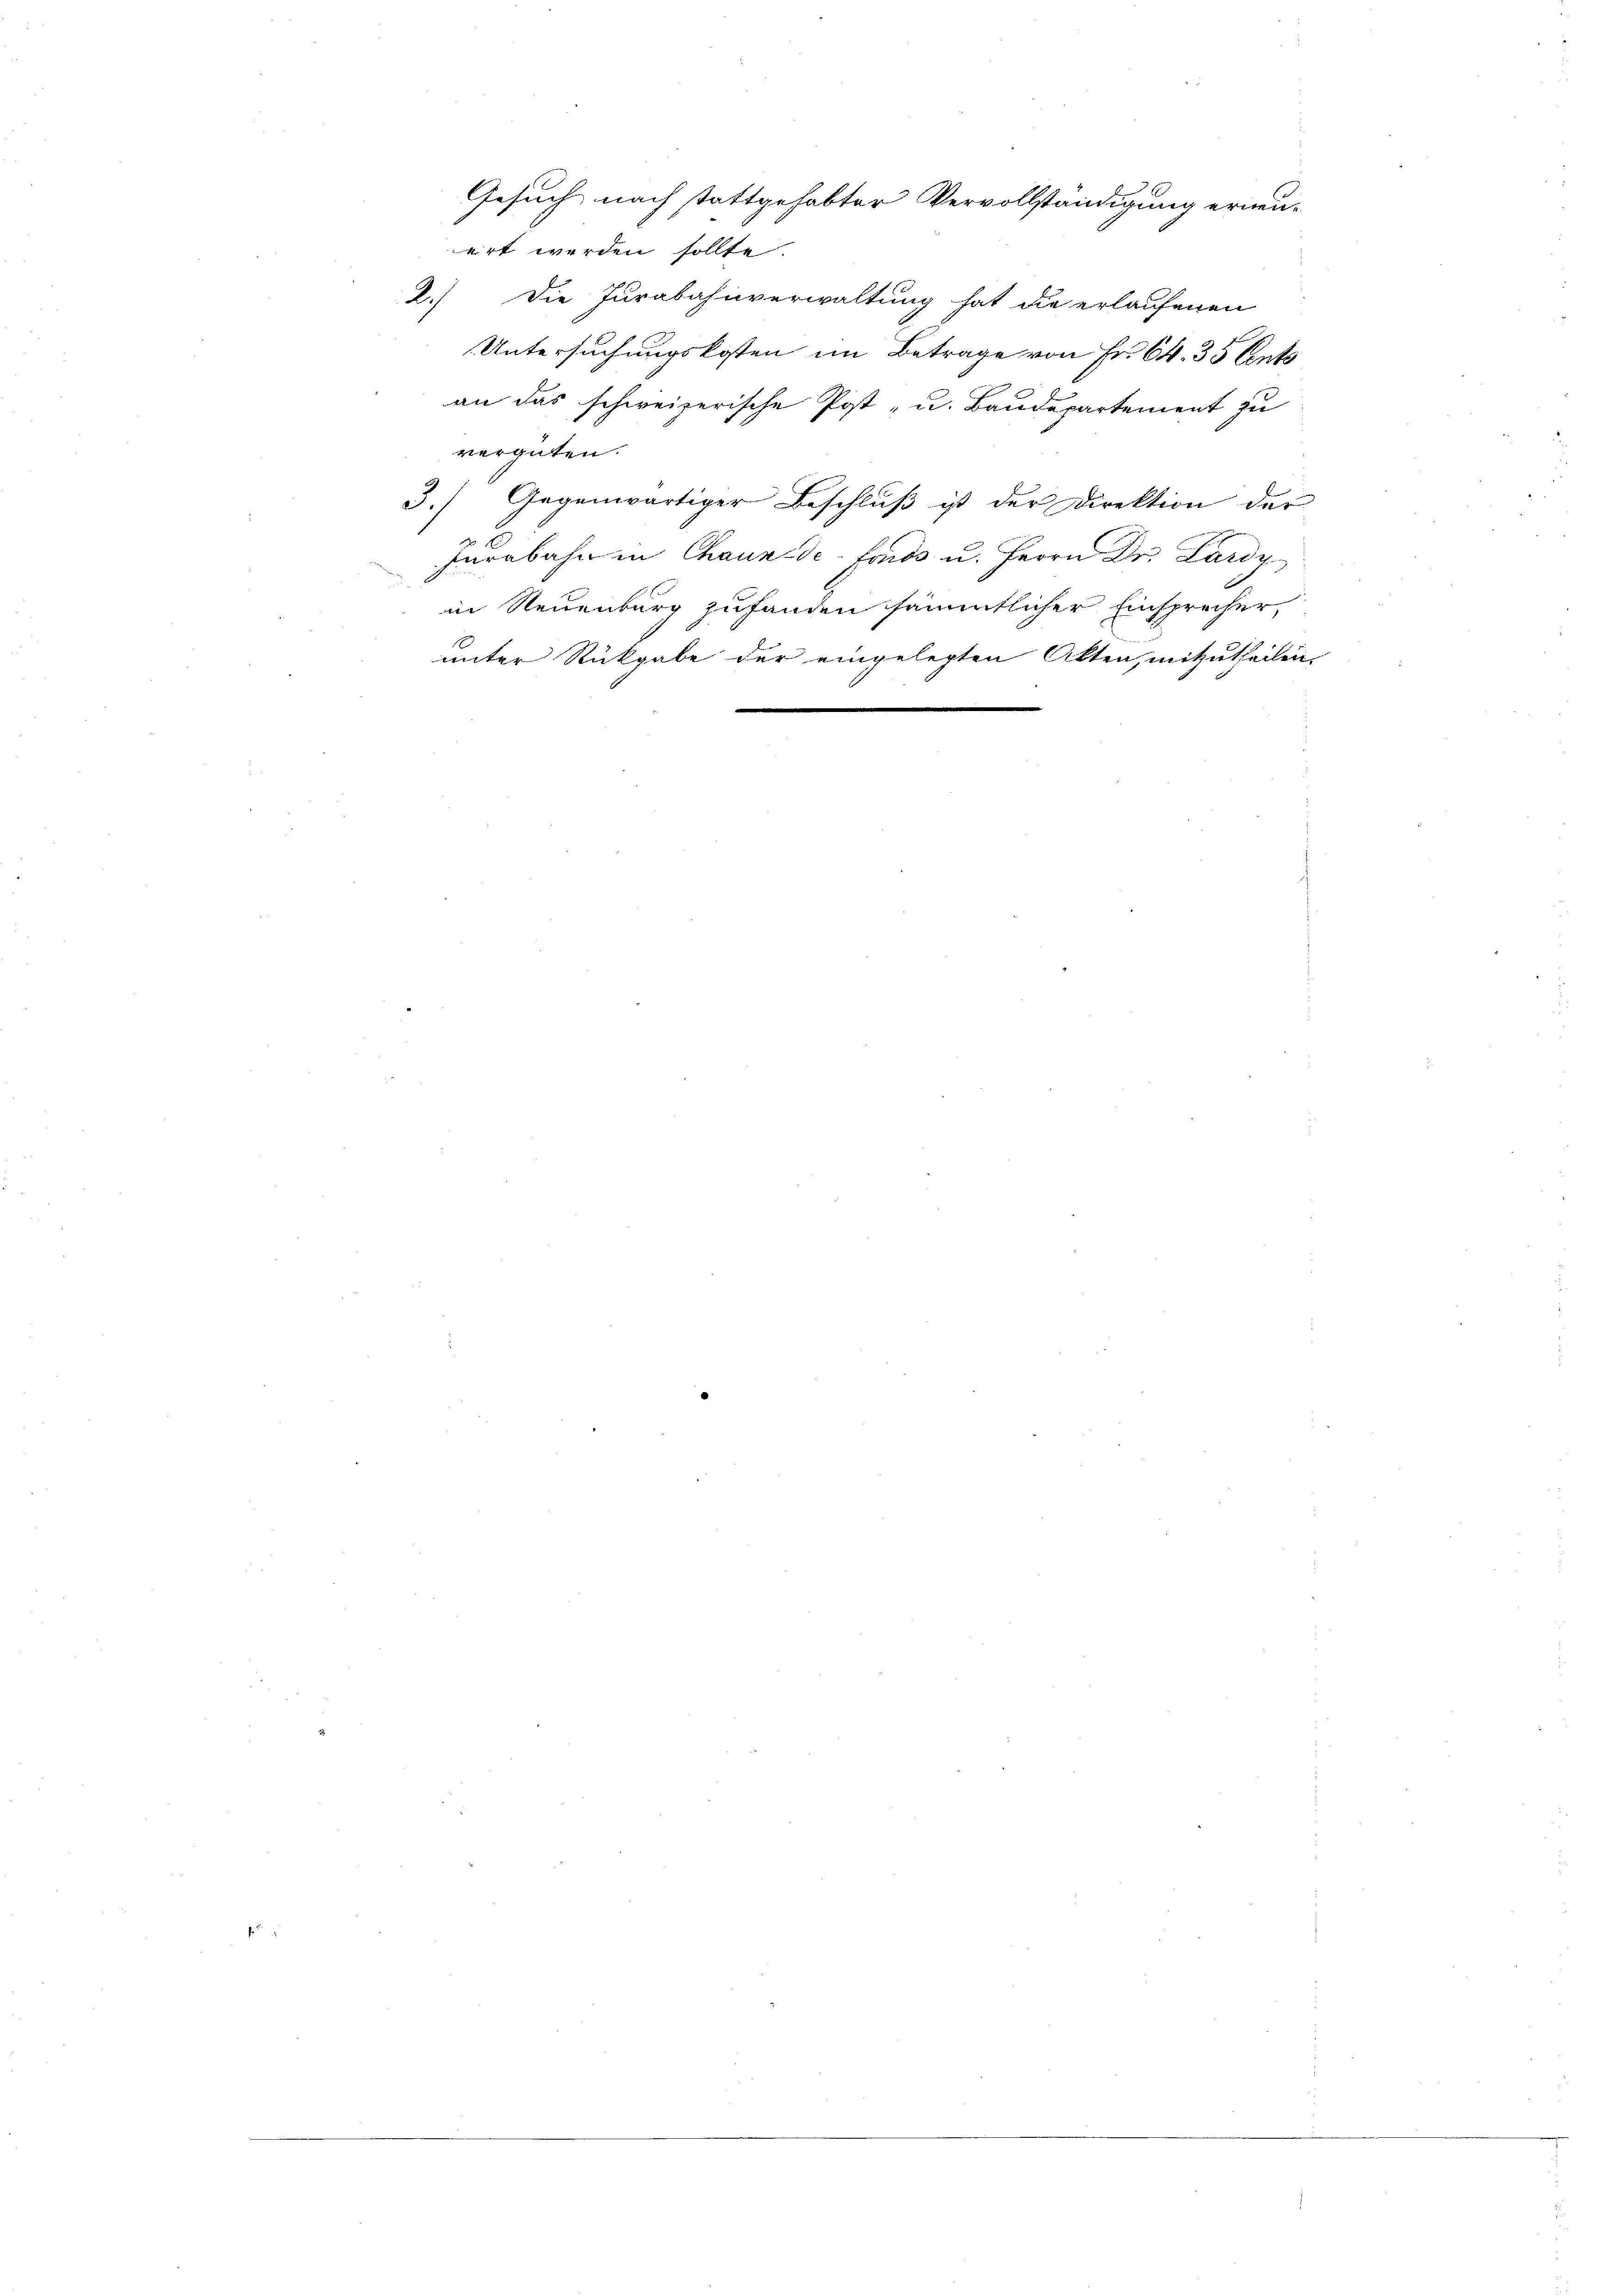
ert werden sollte.
2.) Die Jurabahnverwaltung hat die erlaufenen
Untersuchungskosten im Betrage von Fr. 64. 35 Cents
an das schweizerische Post- u. Baudepartement zu
vergüten.
3.) Gegenwärtiger Beschluß ist der Direktion der
1
surabahn in Chaux-de-Fonds u. Herrn Dr. Lardy
in Neuenburg zufanden sämmtlicher Einsprecher,
unter Rückgabe der eingelegten Akten, mitzutheilen.
u

Gesuch nach stattgehabter Vervollständigung erneu-